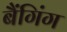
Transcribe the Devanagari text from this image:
बैंगिंग